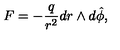
F = - \frac { q } { r ^ { 2 } } d r \wedge d \hat { \phi } ,